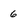
Character: 6